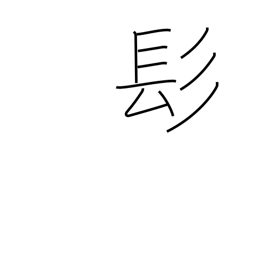
Meaning: long hair radical (no.190)